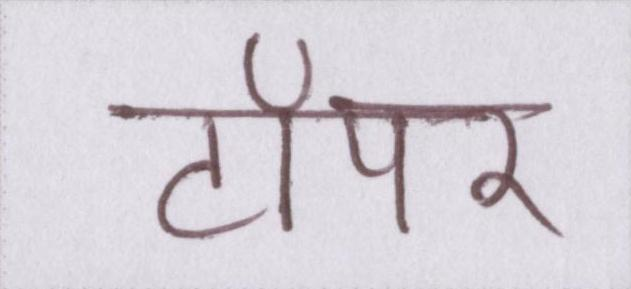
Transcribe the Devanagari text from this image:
टॉपर